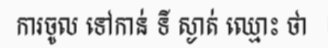
ការចូល ទៅកាន់ ទី ស្ងាត់ ឈ្មោះ ថា